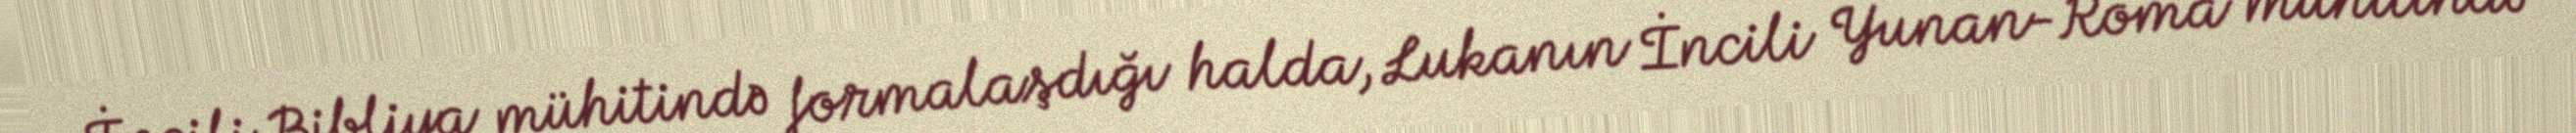
İncili Bibliya mühitində formalaşdığı halda, Lukanın İncili Yunan-Roma mühitində